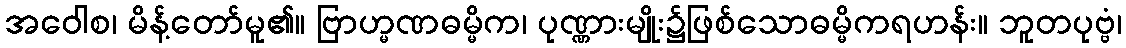
အဝေါစ၊ မိန့်တော်မူ၏။ ဗြာဟ္မဏဓမ္မိက၊ ပုဏ္ဏားမျိုး၌ဖြစ်သောဓမ္မိကရဟန်း။ ဘူတပုဗ္ဗံ၊